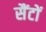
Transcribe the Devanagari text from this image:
सैंटों